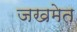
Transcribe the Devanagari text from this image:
जखमेत